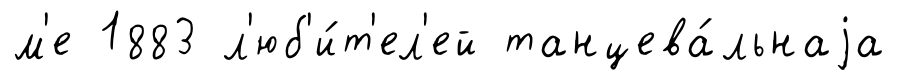
м'е 1883 л'юб'и́т'ел'ей танцева́льнаjа